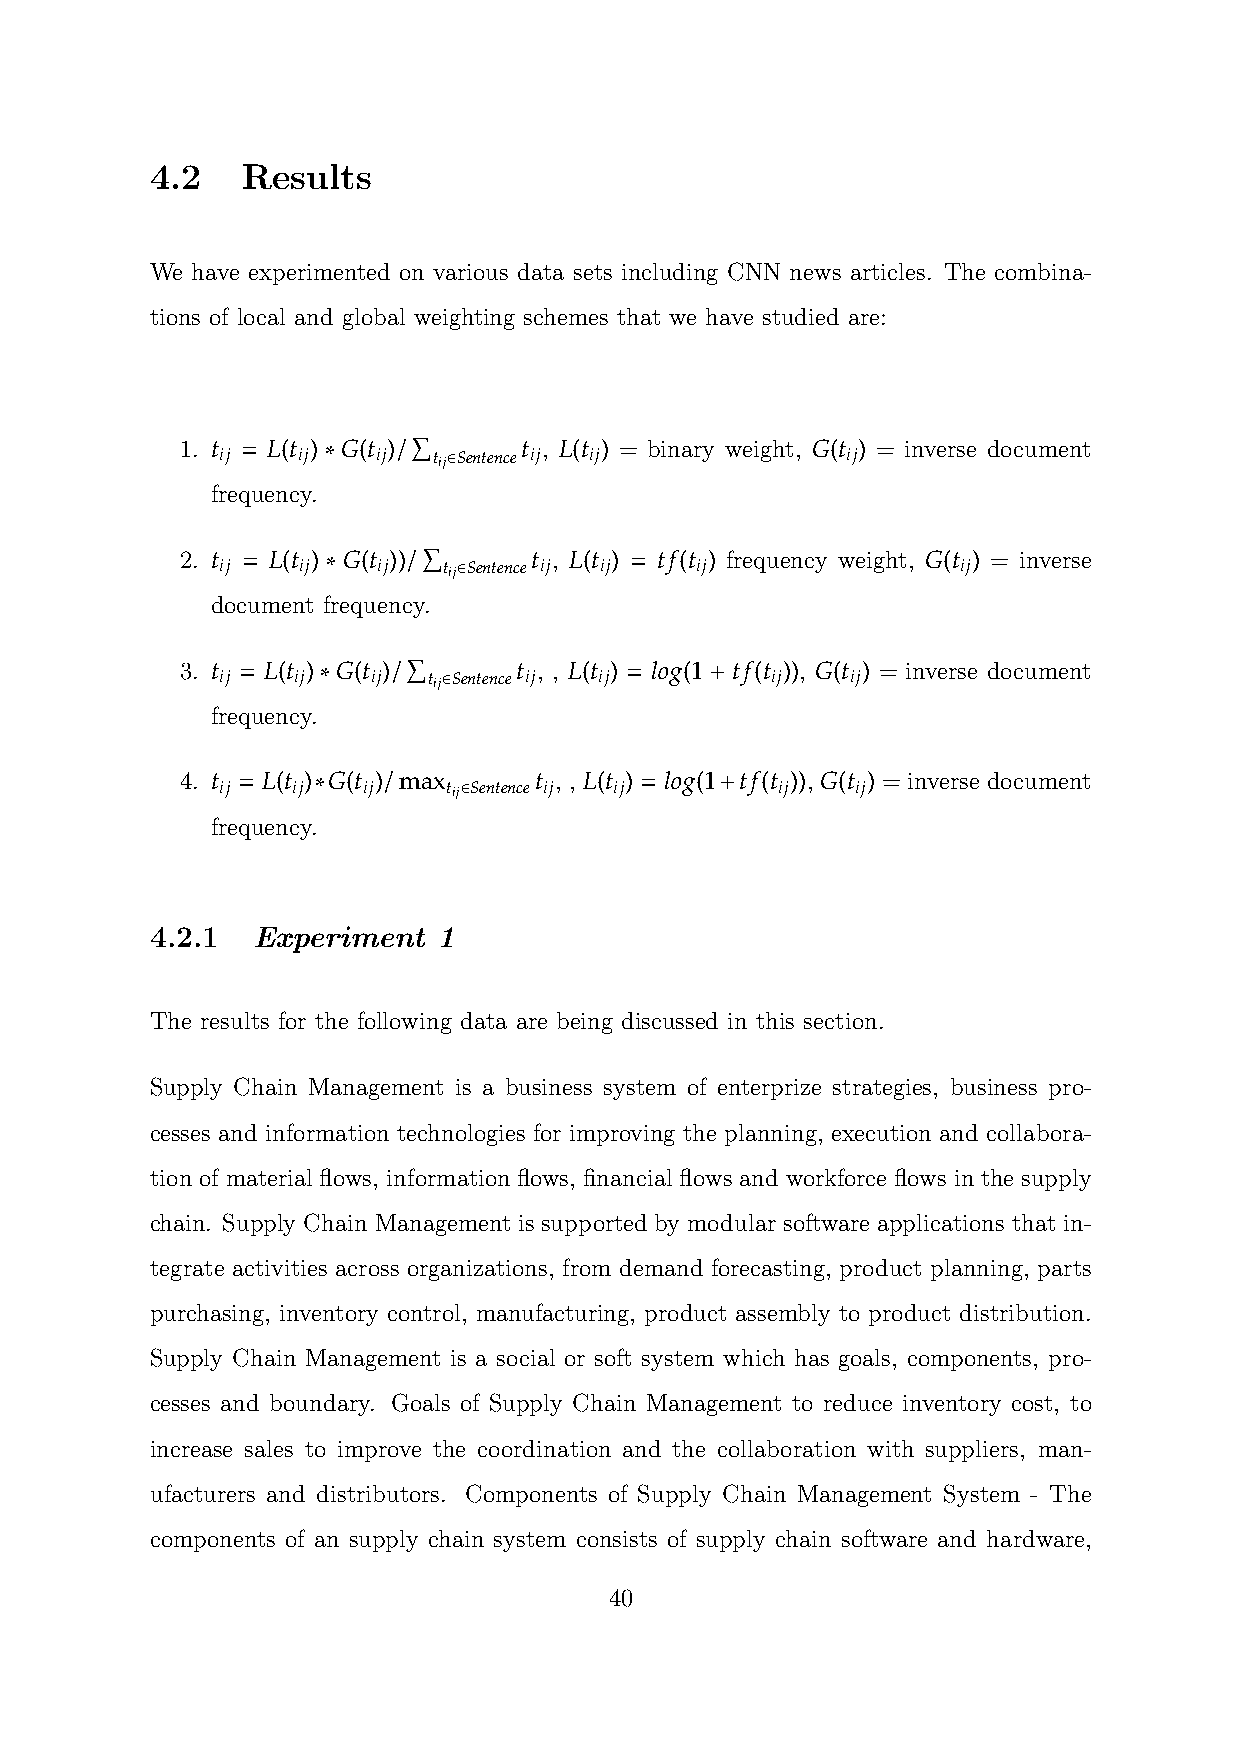
4.2   Results
 We have experimented on various data sets including CNN news articles. The combina-
 tions of local and global weighting schemes that we have studied are:
 P
 1. t = L(t ) ∗ G(t )/  t , L(t ) = binary weight, G(t ) = inverse document
 ij   ij   ij  tij∈Sentence ij ij         ij
 frequency.
 P
 2. t = L(t ) ∗ G(t ))/ t , L(t ) = tf(t ) frequency weight, G(t ) = inverse
 ij   ij   ij  tij∈Sentence ij ij ij              ij
 document frequency.
 P
 3. t = L(t )∗ G(t )/  t , , L(t ) = log(1+ tf(t )), G(t ) = inverse document
 ij  ij    ij tij∈Sentence ij ij     ij   ij
 frequency.
 4. t
 ij
 = L(t ij)∗ G(t ij)/ max tij∈Sentencet ij, , L(t ij) = log(1+ tf(t ij)), G(t ij) = inverse document
 frequency.
 4.2.1  Experiment  1
 The results for the following data are being discussed in this section.
 Supply Chain Management is a business system of enterprize strategies, business pro-
 cesses and information technologies for improving the planning, execution and collabora-
 tion of material flows, information flows, financial flows and workforce flows in the supply
 chain. Supply Chain Management is supported by modular software applications that in-
 tegrate activities across organizations, from demand forecasting, product planning, parts
 purchasing, inventory control, manufacturing, product assembly to product distribution.
 Supply Chain Management is a social or soft system which has goals, components, pro-
 cesses and boundary. Goals of Supply Chain Management to reduce inventory cost, to
 increase sales to improve the coordination and the collaboration with suppliers, man-
 ufacturers and distributors. Components of Supply Chain Management System - The
 components of an supply chain system consists of supply chain software and hardware,
 40